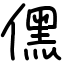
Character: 𠎁